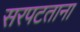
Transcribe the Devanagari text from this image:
सरपटताना